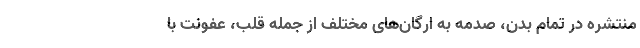
منتشره در تمام بدن، صدمه به ارگان‌های مختلف از جمله قلب، عفونت با